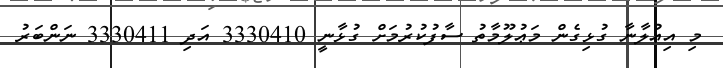
މި އިޢުލާނާ ގުޅިގެން މަޢުލޫމާތު ސާފުކުރުމަށް ގުޅާނީ 3330410 އަދި 3330411 ނަންބަރު